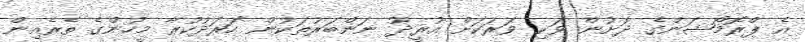
އެ ޕްރޮމޯޝަންގެ ދަށުން ވަކި ވަރަކަށް އުރީދޫ ނަންބަރުތަކުން ހަރަދުކުރާ މީހުންގެ ތެރެއިން